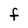
Character: F